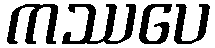
ကဿပေ